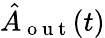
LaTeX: \hat{A}_{\mathrm{~o~u~t~}}(t)